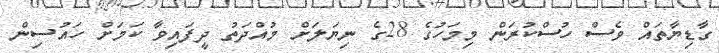
ގާޑިޔާތައް ވެސް ހުސްކުރަން މިމަހުގެ 28ގެ ނިޔަލަށް މުއްދަތު ދީފައިވާ ކަމަށް ހައުސިން